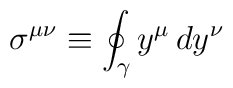
\sigma^{\mu\nu}\equiv \oint_\gamma y^\mu\, dy^{\nu}